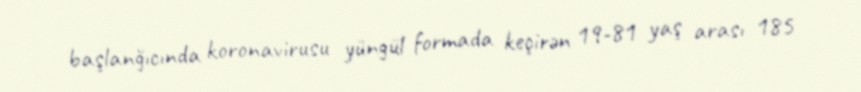
başlanğıcında koronavirusu yüngül formada keçirən 19-81 yaş arası 185